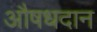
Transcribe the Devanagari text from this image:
औषधदान